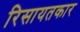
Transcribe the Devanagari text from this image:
रिसायतकार